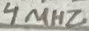
Text: 4MHZ